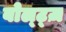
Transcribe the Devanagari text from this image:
बोल्ट्ज़